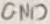
Text: GND